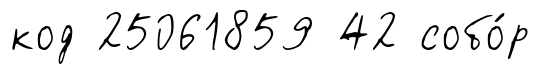
код 25061859 42 собо́р